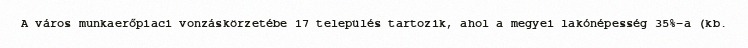
A város munkaerőpiaci vonzáskörzetébe 17 település tartozik, ahol a megyei lakónépesség 35%-a (kb.